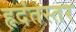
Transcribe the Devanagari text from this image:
हृदंतस्तर